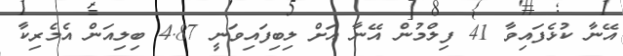
އޭނާ ކުޅެފައިވާ 41 ފިލްމުން އޭނާ އަށް ލިބިފައިވަނީ 4.87 ބިލިއަން އެމެރިކާ